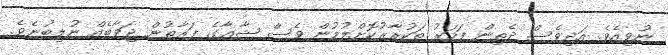
ނުވިއެވެ. އަދިވެސް ދެތިން ފަހަރު ތަކުރާރުކޮށްލުމުން ވެސް ޝާޢާގެ ފަރާތުން ޖަވާބެއް ނުލިބުނެވެ.